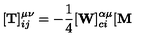
[ { \bf T } ] _ { i j } ^ { \mu \nu } = - { \frac 1 4 } [ { \bf W } ] _ { c i } ^ { \alpha \mu } [ { \bf M }